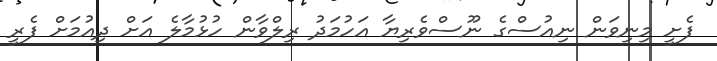
ފެށީ މިނިވަން ނިއުސްގެ ނޫސްވެރިޔާ އަހުމަދު ރިލްވާން ހުޅުމާލެ އަށް ދިއުމަށް ފެރީ